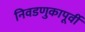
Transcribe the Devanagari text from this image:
निवडणुकापूर्वी